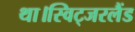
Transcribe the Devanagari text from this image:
था।स्विट्जरलैंड